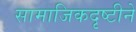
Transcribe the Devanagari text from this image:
सामाजिकदृष्टीने